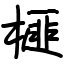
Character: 榧